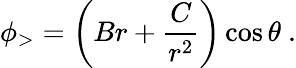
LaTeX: \phi_{>}=\left(Br+{\frac{C}{r^{2}}}\right)\cos\theta\ .